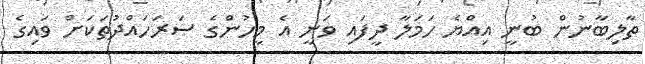
ތާލިބާނުން ބުނީ އިއްޔެ ހަމަލާ ދީފައި ވަނީ އެ މީހުންގެ ސަރަހައްދުތަކަށް ވައިގެ